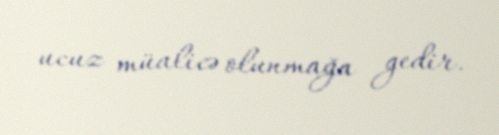
ucuz müalicə olunmağa gedir.